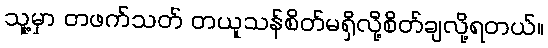
သူ့မှာ တဖက်သတ် တယူသန်စိတ်မရှိလို့စိတ်ချလို့ရတယ်။